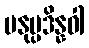
မနုပ္ပဒိန္နဝါ